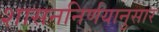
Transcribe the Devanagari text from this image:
शासननिर्णयानुसार